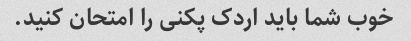
خوب شما باید اردک پکنی را امتحان کنید.